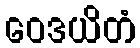
ဝေဒယိတံ